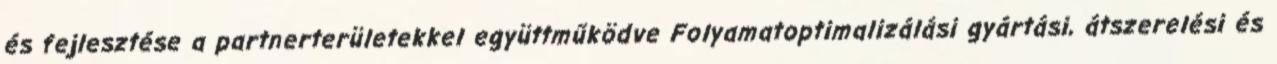
és fejlesztése a partnerterületekkel együttműködve Folyamatoptimalizálási gyártási, átszerelési és